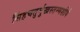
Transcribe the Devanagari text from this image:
सिंहचतुर्मुखस्तम्भशीर्ष